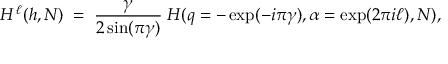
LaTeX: H ^ { \, \ell } ( h , N ) \; = \; \frac { \gamma } { 2 \sin ( \pi \gamma ) } \; H ( q = - \exp ( - i \pi \gamma ) , \alpha = \exp ( 2 \pi i \ell ) , N ) ,